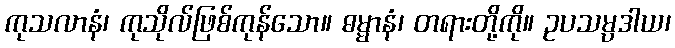
ကုသလာနံ၊ ကုသိုလ်ဖြစ်ကုန်သော။ ဓမ္မာနံ၊ တရားတို့ကို။ ဥပသမ္ပဒါယ၊